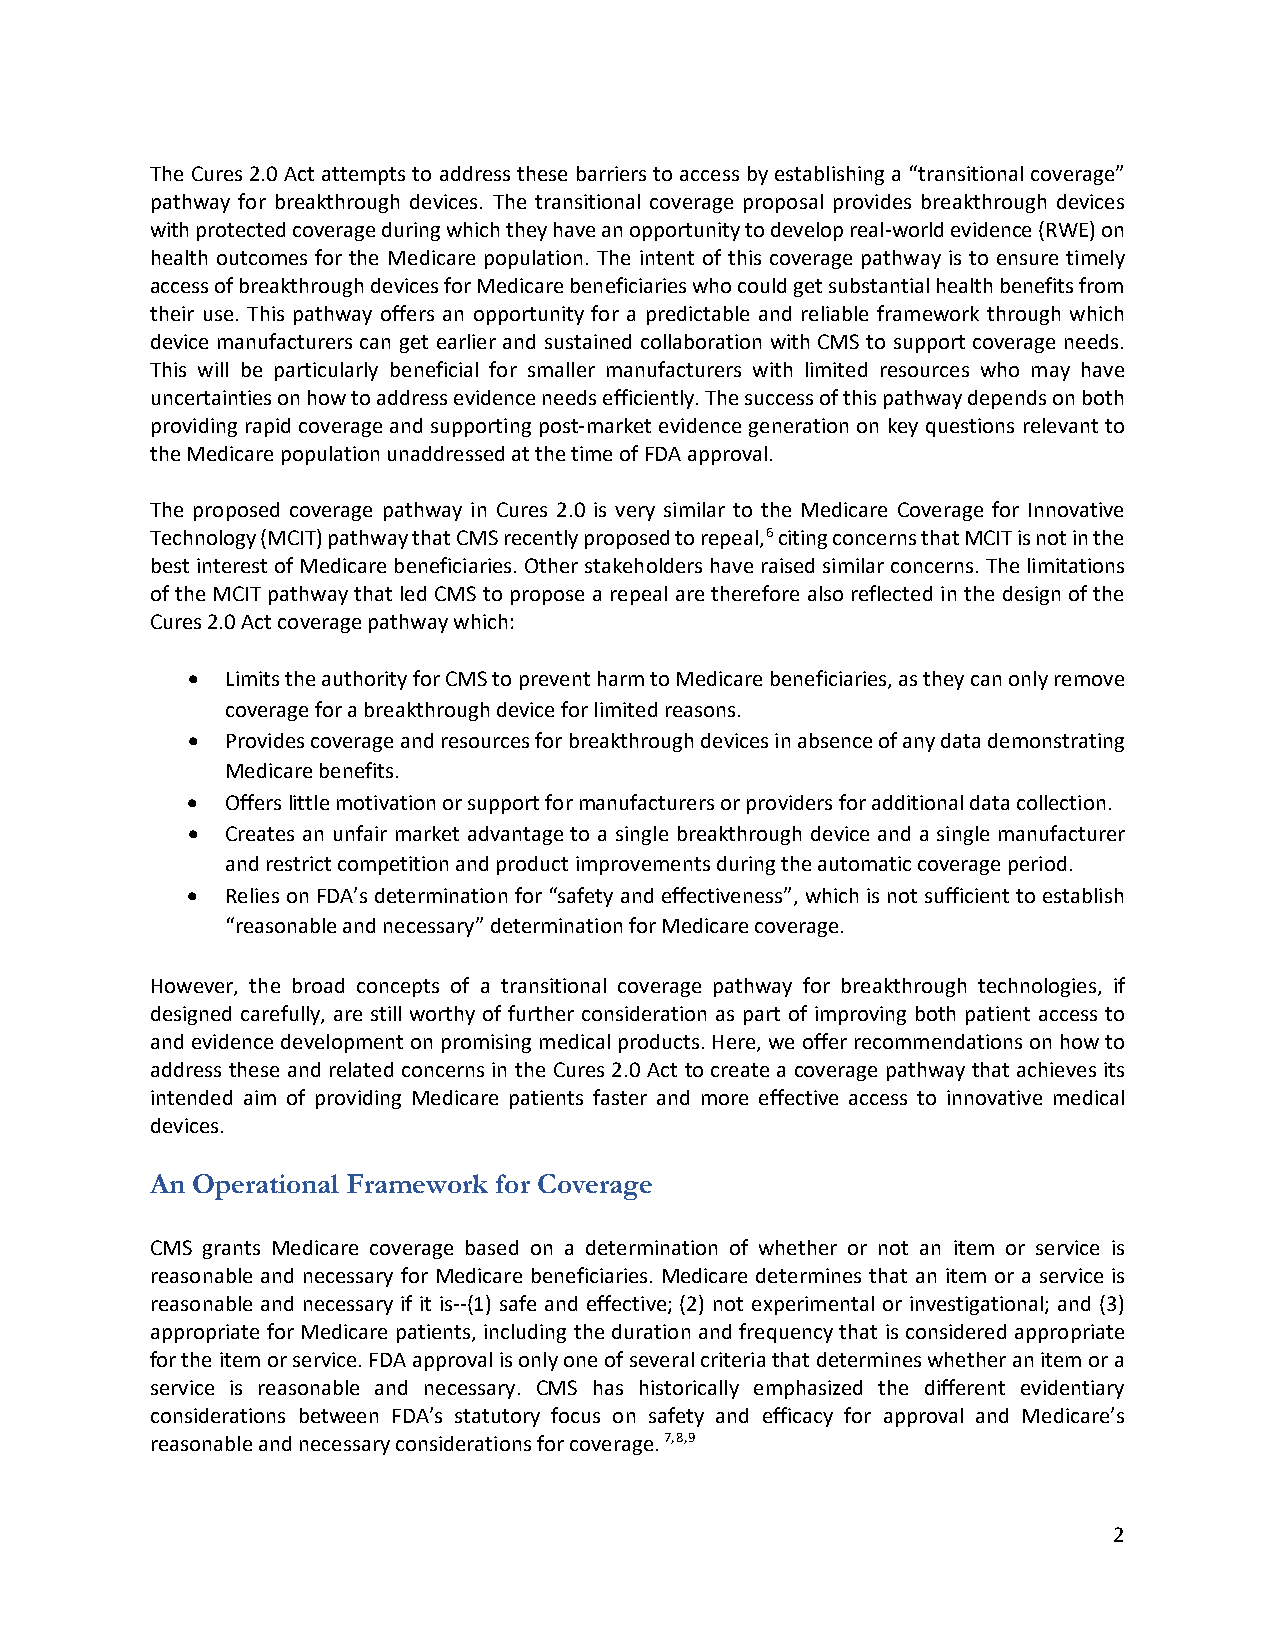
The Cures 2.0 Act attempts to address these barriers to access by establishing a “transitional coverage”
 pathway for breakthrough devices. The transitional coverage proposal provides breakthrough devices
 with protected coverage during which they have an opportunity to develop real-world evidence (RWE) on
 health outcomes for the Medicare population. The intent of this coverage pathway is to ensure timely
 access of breakthrough devices for Medicare beneficiaries who could get substantial health benefits from
 their use. This pathway offers an opportunity for a predictable and reliable framework through which
 device manufacturers can get earlier and sustained collaboration with CMS to support coverage needs.
 This will be particularly beneficial for smaller manufacturers with limited resources who may have
 uncertainties on how to address evidence needs efficiently. The success of this pathway depends on both
 providing rapid coverage and supporting post-market evidence generation on key questions relevant to
 the Medicare population unaddressed at the time of FDA approval.
 The proposed coverage pathway in Cures 2.0 is very similar to the Medicare Coverage for Innovative
 Technology (MCIT) pathway that CMS recently proposed to repeal,6 citing concerns that MCIT is not in the
 best interest of Medicare beneficiaries. Other stakeholders have raised similar concerns. The limitations
 of the MCIT pathway that led CMS to propose a repeal are therefore also reflected in the design of the
 Cures 2.0 Act coverage pathway which:
 •  Limits the authority for CMS to prevent harm to Medicare beneficiaries, as they can only remove
 coverage for a breakthrough device for limited reasons.
 •  Provides coverage and resources for breakthrough devices in absence of any data demonstrating
 Medicare benefits.
 •  Offers little motivation or support for manufacturers or providers for additional data collection.
 •  Creates an unfair market advantage to a single breakthrough device and a single manufacturer
 and restrict competition and product improvements during the automatic coverage period.
 •  Relies on FDA’s determination for “safety and effectiveness”, which is not sufficient to establish
 “reasonable and necessary” determination for Medicare coverage.
 However, the broad concepts of a transitional coverage pathway for breakthrough technologies, if
 designed carefully, are still worthy of further consideration as part of improving both patient access to
 and evidence development on promising medical products. Here, we offer recommendations on how to
 address these and related concerns in the Cures 2.0 Act to create a coverage pathway that achieves its
 intended aim of providing Medicare patients faster and more effective access to innovative medical
 devices.
 An Operational Framework for Coverage
 CMS grants Medicare coverage based on a determination of whether or not an item or service is
 reasonable and necessary for Medicare beneficiaries. Medicare determines that an item or a service is
 reasonable and necessary if it is--(1) safe and effective; (2) not experimental or investigational; and (3)
 appropriate for Medicare patients, including the duration and frequency that is considered appropriate
 for the item or service. FDA approval is only one of several criteria that determines whether an item or a
 service is reasonable and necessary. CMS has historically emphasized the different evidentiary
 considerations between FDA’s statutory focus on safety and efficacy for approval and Medicare’s
 reasonable and necessary considerations for coverage. 7,8,9
 2